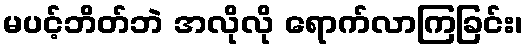
မပင့်ဘိတ်ဘဲ အလိုလို ရောက်လာကြခြင်း၊